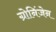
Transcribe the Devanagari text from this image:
ग्रोनिंजेन